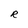
Character: R